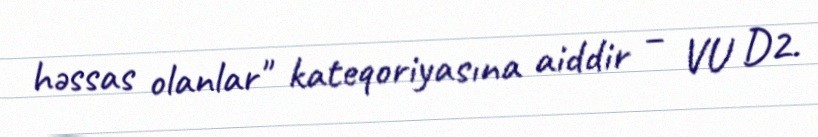
həssas olanlar" kateqoriyasına aiddir – VU D2.